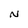
Character: N